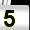
Digit: 5